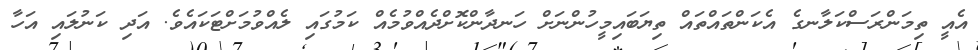
އެއީ ތިމަންރަސްކަލާނގެ އެކަންތައްތައް ތިޔަބައިމީހުންނަށް ހަނދާންކޮށްދެއްވުމެއް ކަމުގައި ލެއްވުމަށްޓަކައެވެ. އަދި ކަނުލައި އަހާ